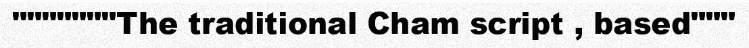
"""""""The traditional Cham script , based"""